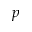
p